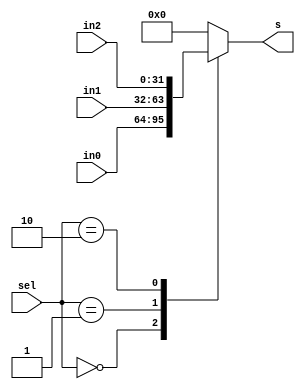
`timescale 1ns / 1ps
//////////////////////////////////////////////////////////////////////////////////
// Company: 
// Engineer: 
// 
// Design Name: 
// Module Name: mux3
// Project Name: 
// Target Devices: 
// Tool Versions: 
// Description: 
// 
// Dependencies: 
// 
// Revision:
// Revision 0.01 - File Created
// Additional Comments:
// 
//////////////////////////////////////////////////////////////////////////////////


module mux3(
    input [1:0] sel,
    input [31:0] in0, in1, in2,
    output reg [31:0] s
    );
    always @(*) begin
        case (sel)
            2'b00: s = in0;
            2'b01: s = in1;
            2'b10: s = in2;
            default: s = 32'b0;
        endcase
    end
endmodule